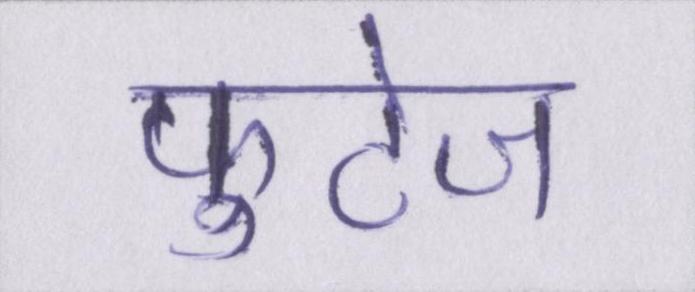
फुटेज